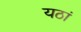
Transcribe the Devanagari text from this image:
यठां